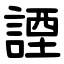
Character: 諲